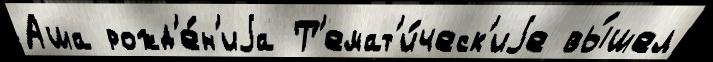
Аша рожд'е́н'иjа Т'емат'и́ческ'иjе вы́шел